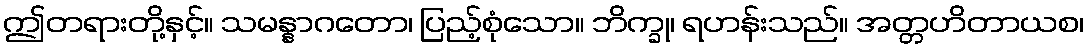
ဤတရားတို့နှင့်။ သမန္နာဂတော၊ ပြည့်စုံသော။ ဘိက္ခု၊ ရဟန်းသည်။ အတ္တဟိတာယစ၊